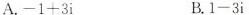
A.$$- 1 + 3 i$$ B.$$1 - 3 i$$